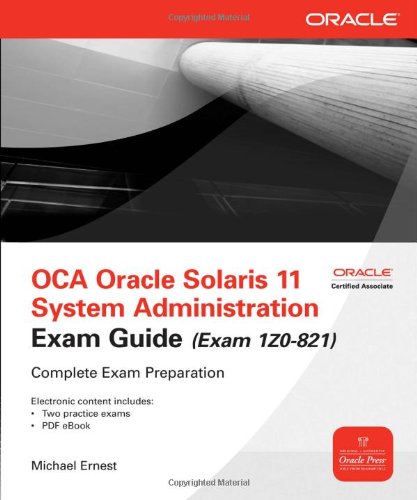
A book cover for OCA Oracle Solaris 11 System Administration Exam Guide (Exam 1Z0-821) (Oracle Press); Michael Ernest; Computers & Technology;